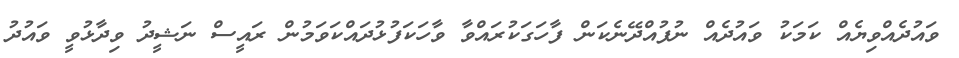
ވައުދެއްވިޔެއް ކަމަކު ވައުދެއް ނުފުއްދޭނެކަން ފާހަގަކުރައްވާ ވާހަކަފުޅުދައްކަވަމުން ރައީސް ނަޝީދު ވިދާޅުވީ ވައުދު